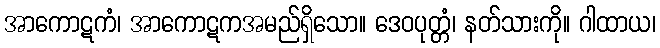
အာကောဋကံ၊ အာကောဋကအမည်ရှိသော။ ဒေဝပုတ္တံ၊ နတ်သားကို။ ဂါထာယ၊